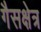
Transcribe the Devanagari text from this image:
गैसक्षेत्र